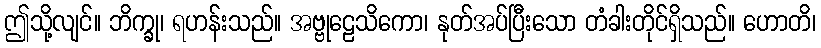
ဤသို့လျင်။ ဘိက္ခု၊ ရဟန်းသည်။ အဗ္ဗုဠေသိကော၊ နုတ်အပ်ပြီးသော တံခါးတိုင်ရှိသည်။ ဟောတိ၊